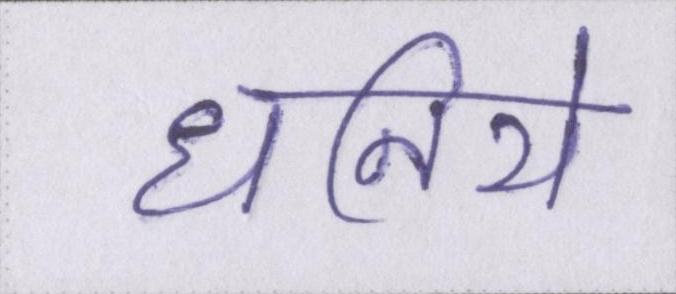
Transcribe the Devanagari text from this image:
धनिये